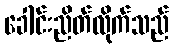
ခေါင်းညိတ်လိုက်သည်